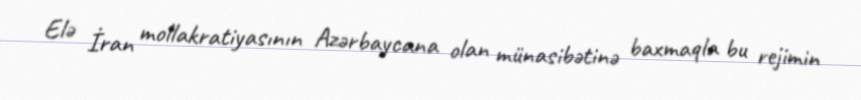
Elə İran mollakratiyasının Azərbaycana olan münasibətinə baxmaqla bu rejimin